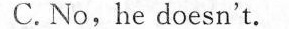
C. No,he doesn't.